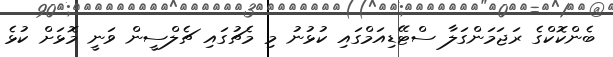
ބެންކޮކްގެ ރަޖަމަންގަލާ ސްޓޭޑިއަމްގައި ކުޅުނު މި މެޗުގައި ޗެލްސީން ވަނީ މޮޅަށް ކުޅެ